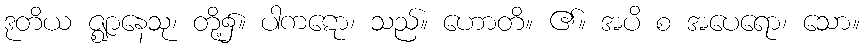
ဒုတိယ ဇ္ဈာနေသု၊ တို့၌။ ပါကဋော၊ သည်။ ဟောတိ။ ၏။ အပိ စ အပေရော၊ သော။